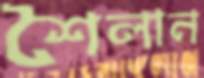
শৈলান